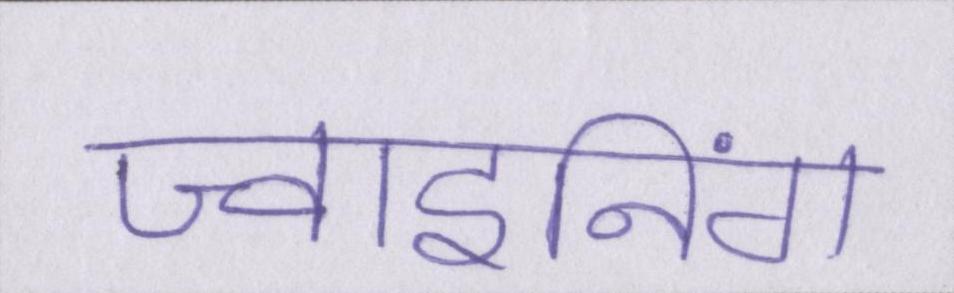
ज्वाइनिंग